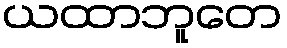
ယထာဘူတေ